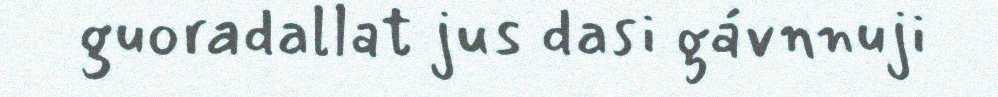
guoradallat jus dasi gávnnuji